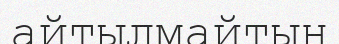
айтылмайтын